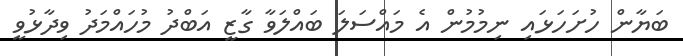
ބަޔާން ހުށަހަޅައި ނިމުމުން އެ މައްސަލަ ބައްލަވާ ގާޒީ އަބްދު މުހައްމަދު ވިދާޅުވީ